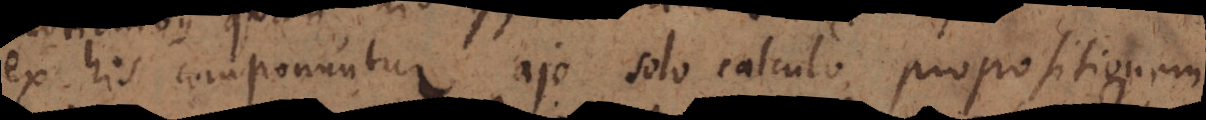
ex his componuntur ajo solo calculo propositionem